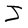
Character: J